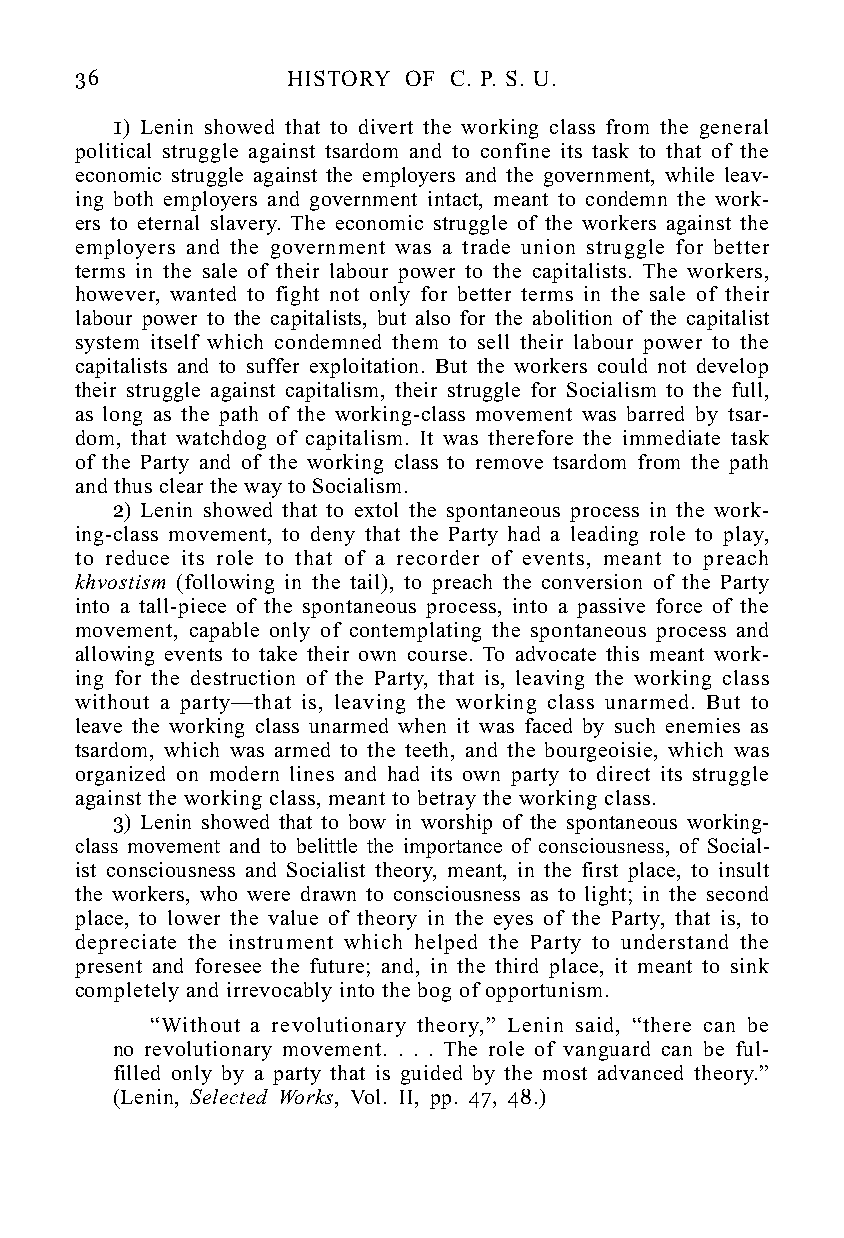
36            HISTORY OF C. P. S. U.
 1) Lenin showed that to divert the working class from the general
 political struggle against tsardom and to confine its task to that of the
 economic struggle against the employers and the government, while leav-
 ing both employers and government intact, meant to condemn the work-
 ers to eternal slavery. The economic struggle of the workers against the
 employers and the government was a trade union struggle for better
 terms in the sale of their labour power to the capitalists. The workers,
 however, wanted to fight not only for better terms in the sale of their
 labour power to the capitalists, but also for the abolition of the capitalist
 system itself which condemned them to sell their labour power to the
 capitalists and to suffer exploitation. But the workers could not develop
 their struggle against capitalism, their struggle for Socialism to the full,
 as long as the path of the working-class movement was barred by tsar-
 dom, that watchdog of capitalism. It was therefore the immediate task
 of the Party and of the working class to remove tsardom from the path
 and thus clear the way to Socialism.
 2) Lenin showed that to extol the spontaneous process in the work-
 ing-class movement, to deny that the Party had a leading role to play,
 to reduce its role to that of a recorder of events, meant to preach
 khvostism (following in the tail), to preach the conversion of the Party
 into a tall-piece of the spontaneous process, into a passive force of the
 movement, capable only of contemplating the spontaneous process and
 allowing events to take their own course. To advocate this meant work-
 ing for the destruction of the Party, that is, leaving the working class
 without a party—that is, leaving the working class unarmed. But to
 leave the working class unarmed when it was faced by such enemies as
 tsardom, which was armed to the teeth, and the bourgeoisie, which was
 organized on modern lines and had its own party to direct its struggle
 against the working class, meant to betray the working class.
 3) Lenin showed that to bow in worship of the spontaneous working-
 class movement and to belittle the importance of consciousness, of Social-
 ist consciousness and Socialist theory, meant, in the first place, to insult
 the workers, who were drawn to consciousness as to light; in the second
 place, to lower the value of theory in the eyes of the Party, that is, to
 depreciate the instrument which helped the Party to understand the
 present and foresee the future; and, in the third place, it meant to sink
 completely and irrevocably into the bog of opportunism.
 “Without a revolutionary theory,” Lenin said, “there can be
 no revolutionary movement. . . . The role of vanguard can be ful-
 filled only by a party that is guided by the most advanced theory.”
 (Lenin, Selected Works, Vol. II, pp. 47, 48.)